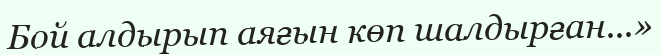
Бой алдырып аяғын көп шалдырған...»